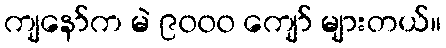
ကျနော်က မဲ ၉၀၀၀ ကျော် များတယ်။